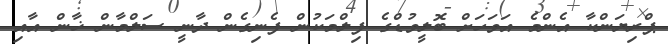
ޕްރިޔަންކާ އެންމެ އަވަހަށް ބޮލީވުޑްގެ ފިލްމަކުން ފެނިގެން ދާނީ ސަލްމާން ޚާން އާއި